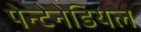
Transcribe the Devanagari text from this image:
पेन्टेनेडियल